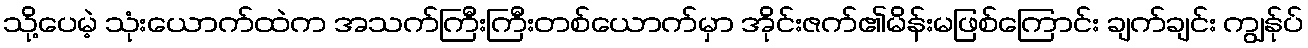
သို့ပေမဲ့ သုံးယောက်ထဲက အသက်ကြီးကြီးတစ်ယောက်မှာ အိုင်းဇက်၏မိန်းမဖြစ်ကြောင်း ချက်ချင်း ကျွန်ုပ်